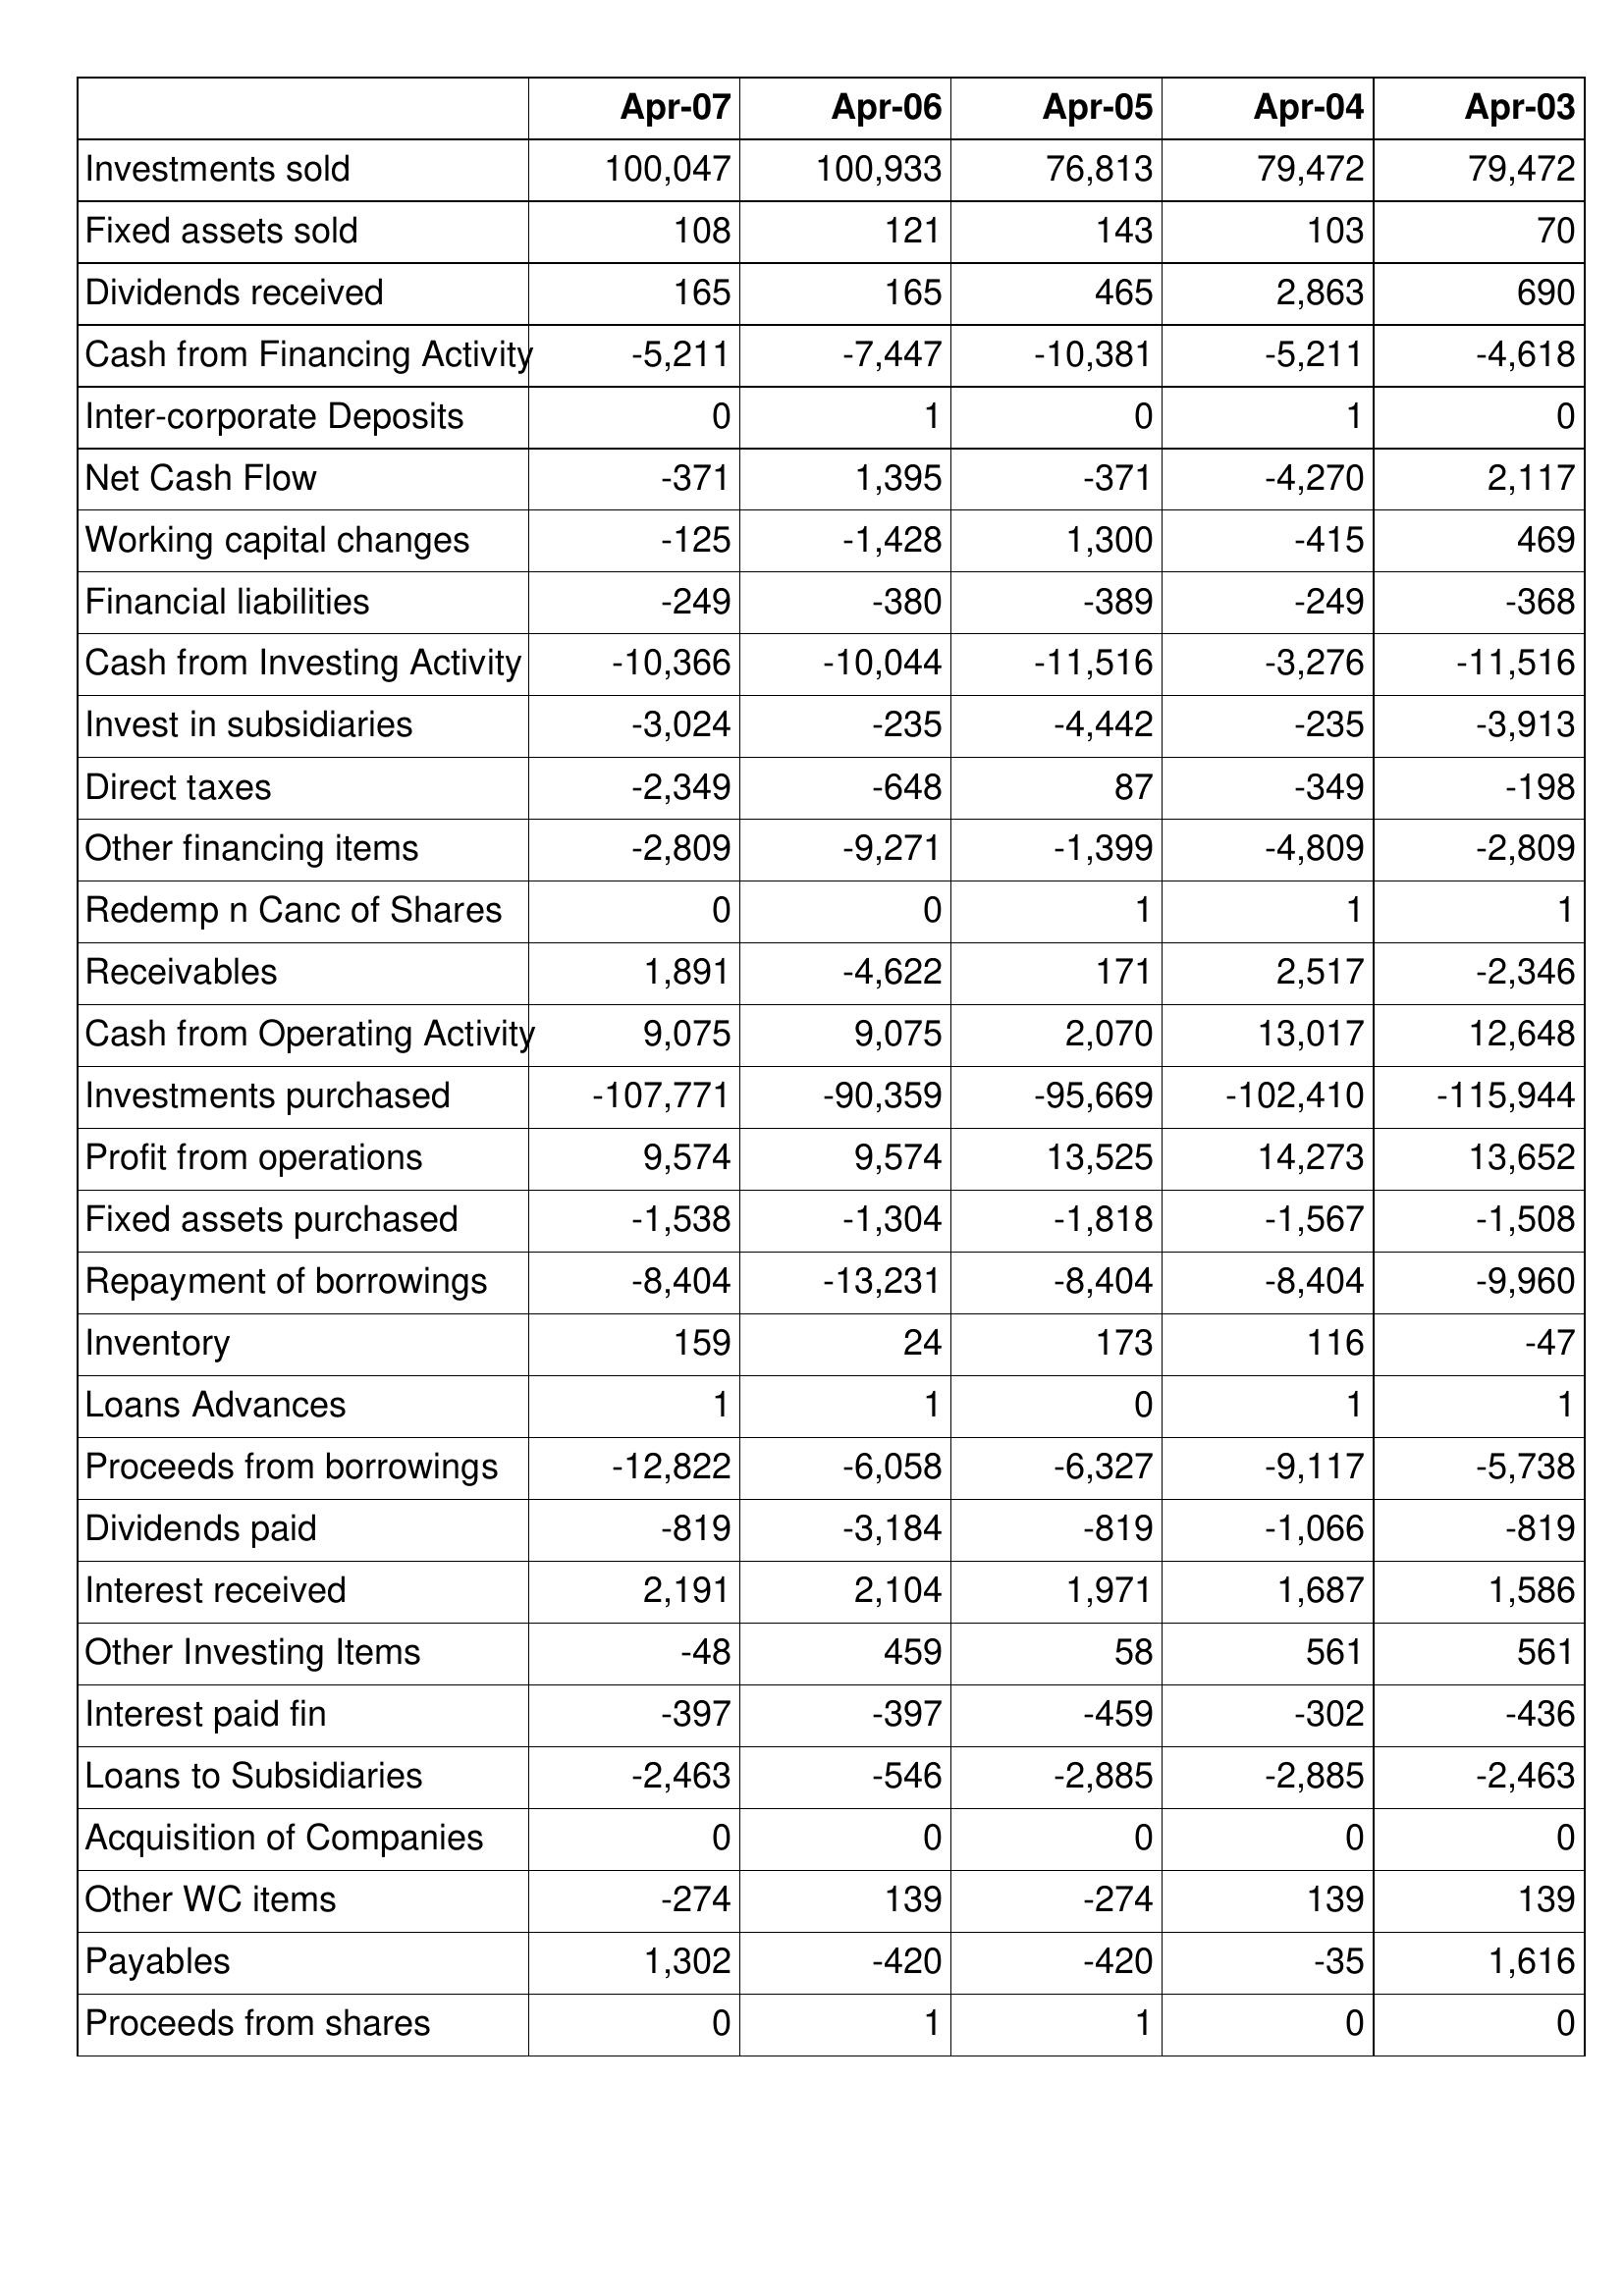
Apr-07: Cash Flows: Investments sold: 100,047
Fixed assets sold: 108
Dividends received: 165
Cash from Financing Activity: -5,211
Inter-corporate Deposits: 0
Net Cash Flow: -371
Working capital changes: -125
Financial liabilities: -249
Cash from Investing Activity: -10,366
Invest in subsidiaries: -3,024
Direct taxes: -2,349
Other financing items: -2,809
Redemp n Canc of Shares: 0
Receivables: 1,891
Cash from Operating Activity: 9,075
Investments purchased: -107,771
Profit from operations: 9,574
Fixed assets purchased: -1,538
Repayment of borrowings: -8,404
Inventory: 159
Loans Advances: 1
Proceeds from borrowings: -12,822
Dividends paid: -819
Interest received: 2,191
Other Investing Items: -48
Interest paid fin: -397
Loans to Subsidiaries: -2,463
Acquisition of Companies: 0
Other WC items: -274
Payables: 1,302
Proceeds from shares: 0
Apr-06: Cash Flows: Investments sold: 100,933
Fixed assets sold: 121
Dividends received: 165
Cash from Financing Activity: -7,447
Inter-corporate Deposits: 1
Net Cash Flow: 1,395
Working capital changes: -1,428
Financial liabilities: -380
Cash from Investing Activity: -10,044
Invest in subsidiaries: -235
Direct taxes: -648
Other financing items: -9,271
Redemp n Canc of Shares: 0
Receivables: -4,622
Cash from Operating Activity: 9,075
Investments purchased: -90,359
Profit from operations: 9,574
Fixed assets purchased: -1,304
Repayment of borrowings: -13,231
Inventory: 24
Loans Advances: 1
Proceeds from borrowings: -6,058
Dividends paid: -3,184
Interest received: 2,104
Other Investing Items: 459
Interest paid fin: -397
Loans to Subsidiaries: -546
Acquisition of Companies: 0
Other WC items: 139
Payables: -420
Proceeds from shares: 1
Apr-05: Cash Flows: Investments sold: 76,813
Fixed assets sold: 143
Dividends received: 465
Cash from Financing Activity: -10,381
Inter-corporate Deposits: 0
Net Cash Flow: -371
Working capital changes: 1,300
Financial liabilities: -389
Cash from Investing Activity: -11,516
Invest in subsidiaries: -4,442
Direct taxes: 87
Other financing items: -1,399
Redemp n Canc of Shares: 1
Receivables: 171
Cash from Operating Activity: 2,070
Investments purchased: -95,669
Profit from operations: 13,525
Fixed assets purchased: -1,818
Repayment of borrowings: -8,404
Inventory: 173
Loans Advances: 0
Proceeds from borrowings: -6,327
Dividends paid: -819
Interest received: 1,971
Other Investing Items: 58
Interest paid fin: -459
Loans to Subsidiaries: -2,885
Acquisition of Companies: 0
Other WC items: -274
Payables: -420
Proceeds from shares: 1
Apr-04: Cash Flows: Investments sold: 79,472
Fixed assets sold: 103
Dividends received: 2,863
Cash from Financing Activity: -5,211
Inter-corporate Deposits: 1
Net Cash Flow: -4,270
Working capital changes: -415
Financial liabilities: -249
Cash from Investing Activity: -3,276
Invest in subsidiaries: -235
Direct taxes: -349
Other financing items: -4,809
Redemp n Canc of Shares: 1
Receivables: 2,517
Cash from Operating Activity: 13,017
Investments purchased: -102,410
Profit from operations: 14,273
Fixed assets purchased: -1,567
Repayment of borrowings: -8,404
Inventory: 116
Loans Advances: 1
Proceeds from borrowings: -9,117
Dividends paid: -1,066
Interest received: 1,687
Other Investing Items: 561
Interest paid fin: -302
Loans to Subsidiaries: -2,885
Acquisition of Companies: 0
Other WC items: 139
Payables: -35
Proceeds from shares: 0
Apr-03: Cash Flows: Investments sold: 79,472
Fixed assets sold: 70
Dividends received: 690
Cash from Financing Activity: -4,618
Inter-corporate Deposits: 0
Net Cash Flow: 2,117
Working capital changes: 469
Financial liabilities: -368
Cash from Investing Activity: -11,516
Invest in subsidiaries: -3,913
Direct taxes: -198
Other financing items: -2,809
Redemp n Canc of Shares: 1
Receivables: -2,346
Cash from Operating Activity: 12,648
Investments purchased: -115,944
Profit from operations: 13,652
Fixed assets purchased: -1,508
Repayment of borrowings: -9,960
Inventory: -47
Loans Advances: 1
Proceeds from borrowings: -5,738
Dividends paid: -819
Interest received: 1,586
Other Investing Items: 561
Interest paid fin: -436
Loans to Subsidiaries: -2,463
Acquisition of Companies: 0
Other WC items: 139
Payables: 1,616
Proceeds from shares: 0